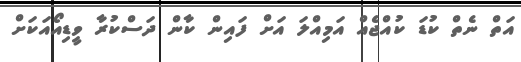
އަތް ނެތް ކުޑަ ކުއްޖެއް އަމިއްލަ އަށް ފައިން ކާން ދަސްކުރާ ވީޑިއޯއަކަށް